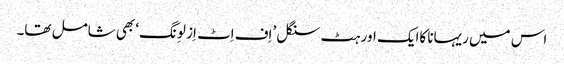
اس میں ریہانا کاایک اور ہٹ سنگل ’اِف اِٹ اِز لوِنگ‘ بھی شامل تھا۔